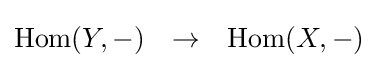
{\begin{matrix}\operatorname {Hom} (Y,-)&\rightarrow &\operatorname {Hom} (X,-)\end{matrix}}